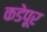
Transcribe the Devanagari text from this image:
कडेपूर